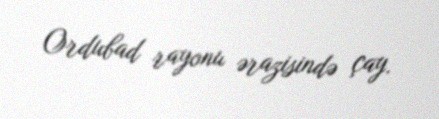
Ordubad rayonu ərazisində çay.